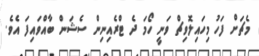
މެޗަށް ފަހު މިހައިލޮވިޗް ވަނީ ހޯމަ ދެ ޓްރެއިނިން ސެޝަން ބާއްވައިފަ އެވެ.